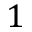
1